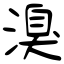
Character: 溴